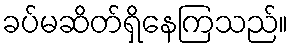
ခပ်မဆိတ်ရှိနေကြသည်။